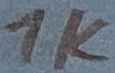
Text: 1K